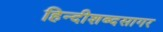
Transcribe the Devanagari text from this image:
हिन्दीशब्दसागर